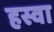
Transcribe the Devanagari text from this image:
हस्वा